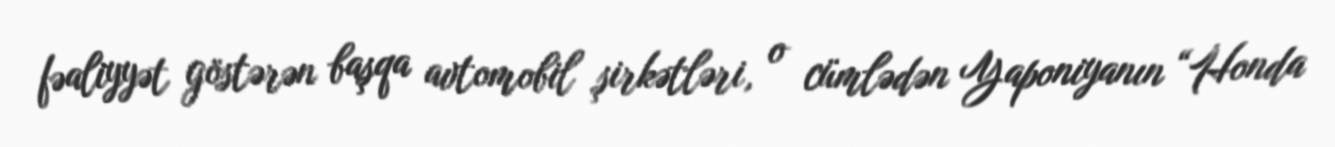
fəaliyyət göstərən başqa avtomobil şirkətləri, o cümlədən Yaponiyanın “Honda